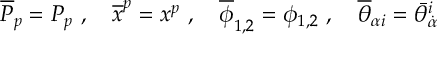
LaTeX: \overline { { P } } _ { p } = P _ { p } \ , \quad \overline { { x } } ^ { p } = x ^ { p } \ , \quad \overline { { \phi } } _ { 1 , 2 } = \phi _ { 1 , 2 } \ , \quad \overline { { \theta } } _ { \alpha i } = \bar { \theta } _ { \dot { \alpha } } ^ { i }